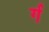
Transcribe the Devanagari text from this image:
र्ग